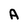
Character: A